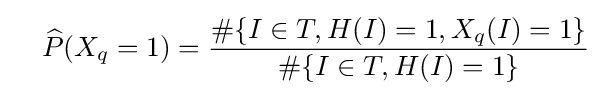
\quad {\widehat {P}}(X_{q}=1)={\frac {\#\{I\in T,H(I)=1,X_{q}(I)=1\}}{\#\{I\in T,H(I)=1\}}}